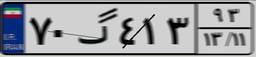
۴۷گ۱۰۴۴۲